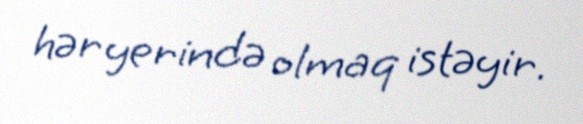
hər yerində olmaq istəyir.